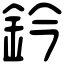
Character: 鈐